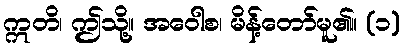
ဣတိ၊ ဤသို့။ အဝေါစ၊ မိန့်တော်မူ၏။ (၁)